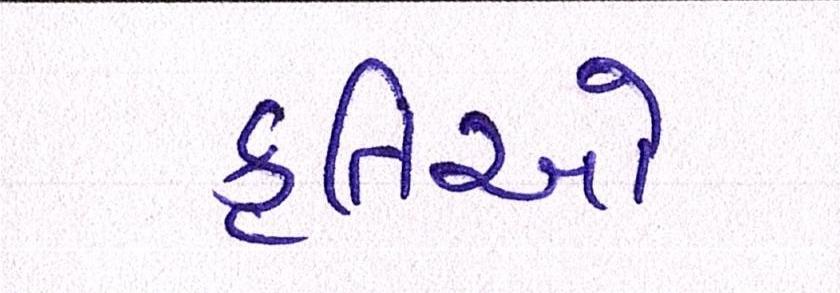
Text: કૃતિઓ